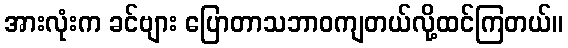
အားလုံးက ခင်ဗျား ပြောတာသဘာဝကျတယ်လို့ထင်ကြတယ်။